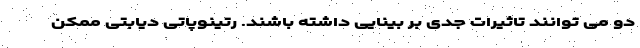
دو می توانند تاثیرات جدی بر بینایی داشته باشند. رتینوپاتی دیابتی ممکن